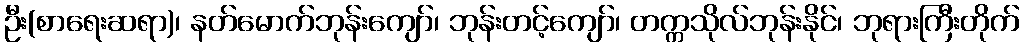
ဦး(စာရေးဆရာ)၊ နတ်မောက်ဘုန်းကျော်၊ ဘုန်းတင့်ကျော်၊ တက္ကသိုလ်ဘုန်းနိုင်၊ ဘုရားကြီးတိုက်